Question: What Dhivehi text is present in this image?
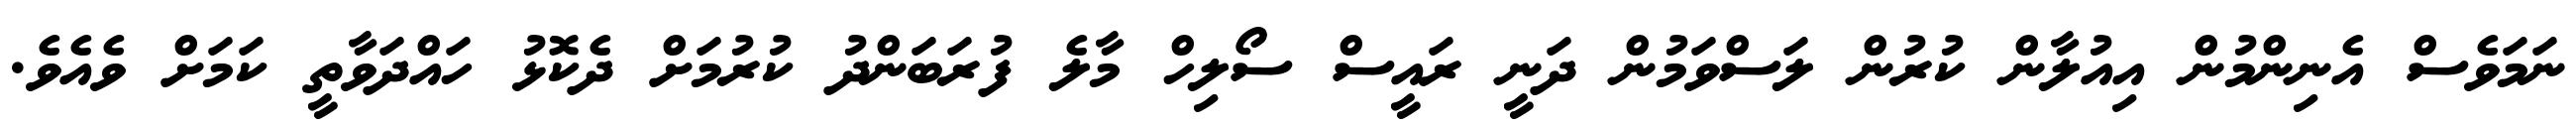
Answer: ނަމަވެސް އެނިންމުން އިއުލާން ކުރުން ލަސްވަމުން ދަނީ ރައީސް ސޯލިހް މާލެ ފުރަބަންދު ކުރުމަށް ދެކޮޅު ހައްދަވާތީ ކަމަށް ވެއެވެ.